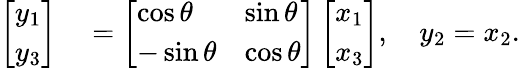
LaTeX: \begin{array}{rl}{\left[\begin{array}{l}{y_{1}}\\ {y_{3}}\end{array}\right]}&{{}=\left[\begin{array}{ll}{\cos\theta}&{\sin\theta}\\ {-\sin\theta}&{\cos\theta}\end{array}\right]\left[\begin{array}{l}{x_{1}}\\ {x_{3}}\end{array}\right],\quad y_{2}=x_{2}.}\end{array}